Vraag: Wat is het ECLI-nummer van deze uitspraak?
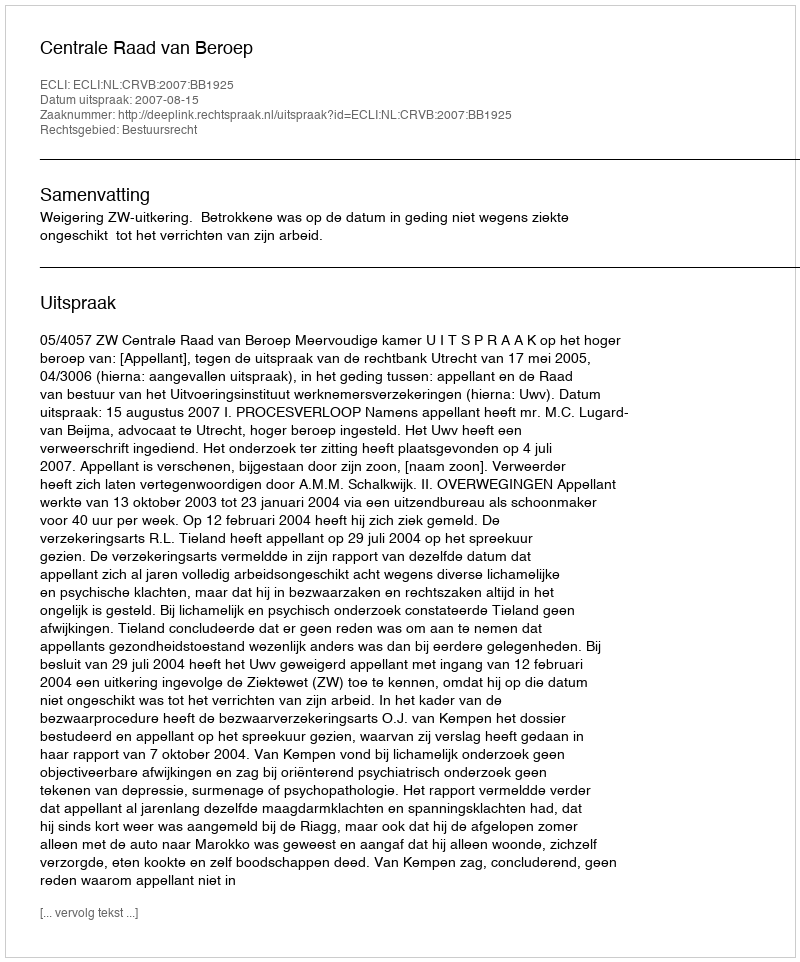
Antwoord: ECLI:NL:CRVB:2007:BB1925